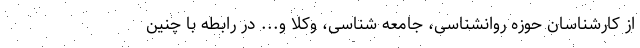
از کارشناسان حوزه روانشناسی، جامعه شناسی، وکلا و... در رابطه با چنین